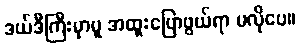
ဒယ်ဒီကြီးမှာမူ အထူးပြောဖွယ်ရာ မလိုပေ။